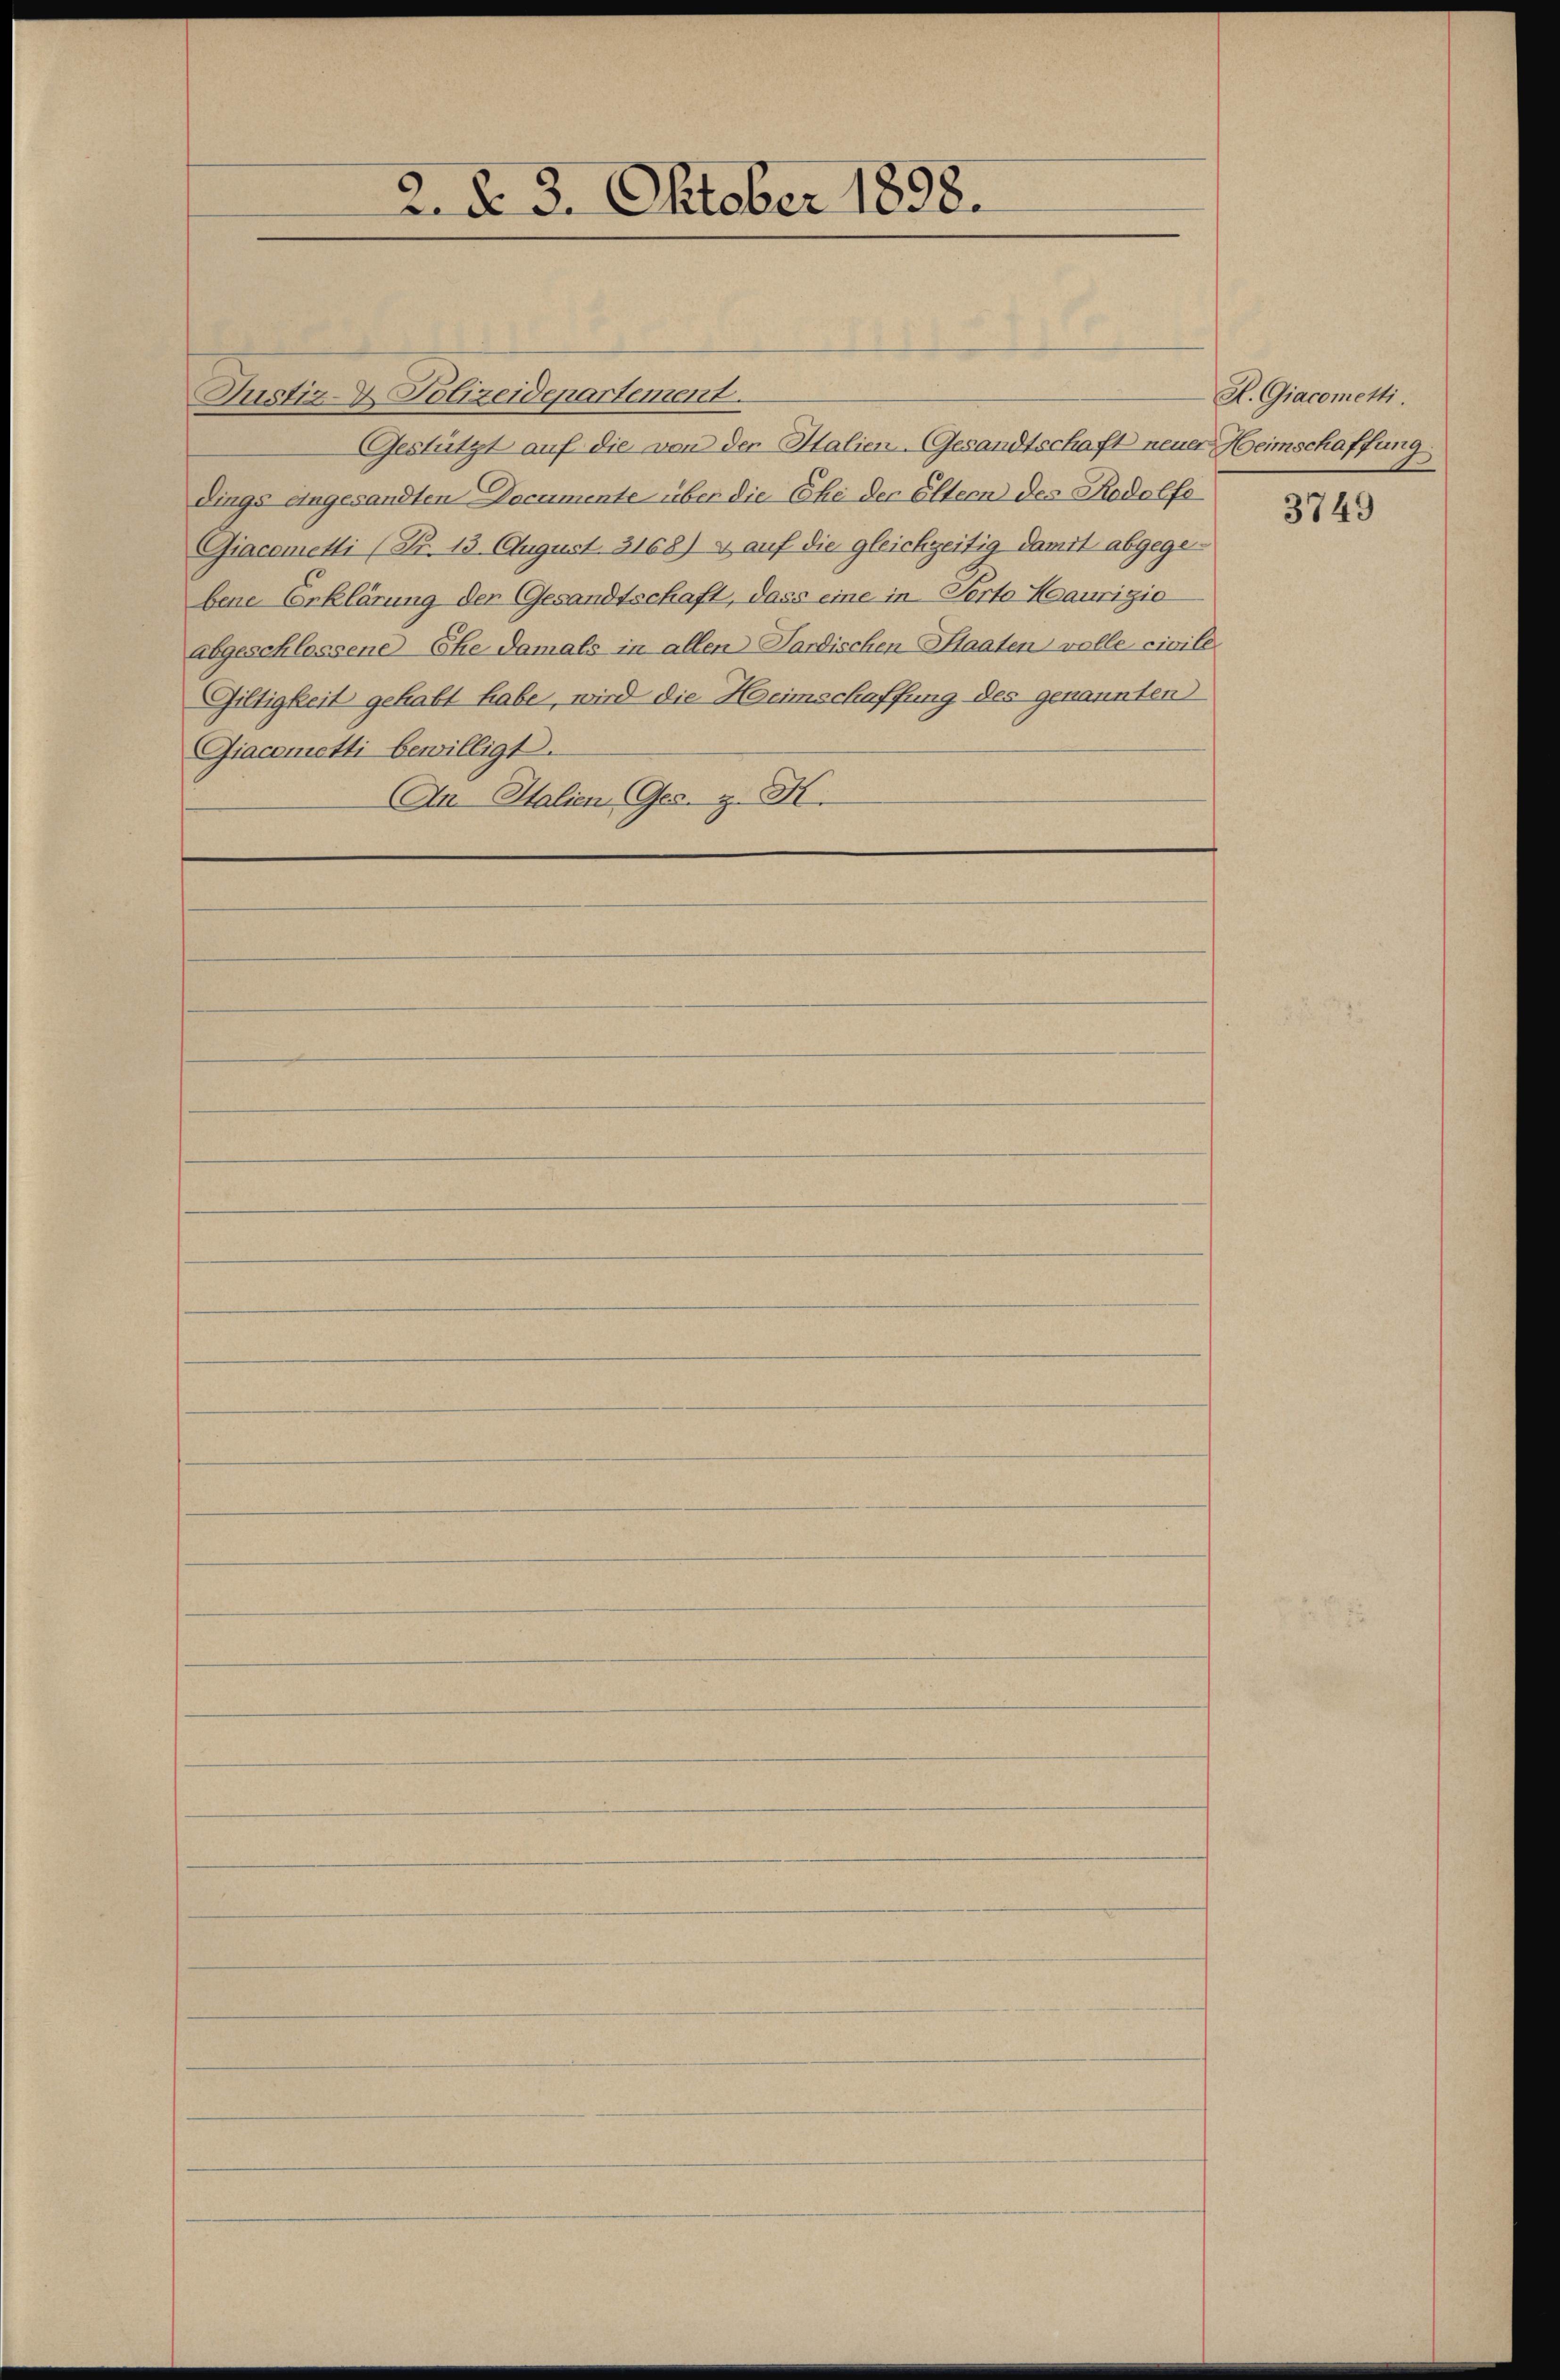
2. §. 3. Oktober 1858.

Justiz- & Polizeidepartement.
Gestützt auf die von der Italien-Gesandtschaft neuer Heimschaffung
dings eingesandten Documente über die Ehe der Eltern des Rodolfe
Giacometti (Nr. 13. August. 3168) » auf die gleichzeitig damit abgegebene Erklärung der Gesandtschaft, dass eine in Porto Woaurigio
abgeschlossene Ehe damals in allen Sardischen Staaten volle civile
Giltigkeit gehabt habe, wird die Heimschaffung des genannten
Giacometti bewilligt.
An Italien (Ges. z. K.

R. Giacometti.

3749